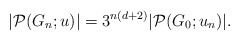
\begin{align*}|\mathcal{P}(G_{n}; u)|=3^{n(d+2)}|\mathcal{P}(G_{0}; u_{n})|.\end{align*}